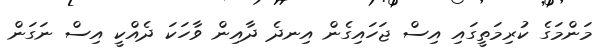
މަންމަގެ ކުރިމަތީގައި އިސް ޖަހައިގެން އިނދެ ދާއިން ވާހަކަ ދެއްކީ އިސް ނަގަން